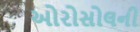
ઓરોસોલની